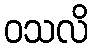
ဝသလိ